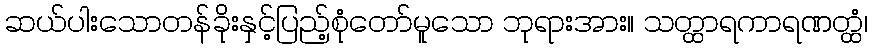
ဆယ်ပါးသောတန်ခိုးနှင့်ပြည့်စုံတော်မူသော ဘုရားအား။ သတ္ထာရကာရဏတ္ထံ၊